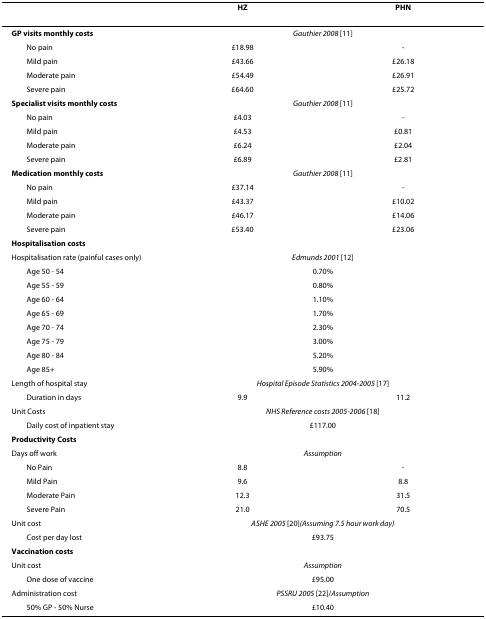
<table><thead><tr><td></td><td><b>HZ</b></td><td><b>PHN</b></td></tr></thead><tbody><tr><td><b>GP visits monthly costs</b></td><td colspan="2"><i>Gauthier 2008 </i>[11]</td></tr><tr><td> No pain</td><td>£18.98</td><td>-</td></tr><tr><td> Mild pain</td><td>£43.66</td><td>£26.18</td></tr><tr><td> Moderate pain</td><td>£54.49</td><td>£26.91</td></tr><tr><td> Severe pain</td><td>£64.60</td><td>£25.72</td></tr><tr><td><b>Specialist visits monthly costs</b></td><td colspan="2"><i>Gauthier 2008 </i>[11]</td></tr><tr><td> No pain</td><td>£4.03</td><td>-</td></tr><tr><td> Mild pain</td><td>£4.53</td><td>£0.81</td></tr><tr><td> Moderate pain</td><td>£6.24</td><td>£2.04</td></tr><tr><td> Severe pain</td><td>£6.89</td><td>£2.81</td></tr><tr><td><b>Medication monthly costs</b></td><td colspan="2"><i>Gauthier 2008 </i>[11]</td></tr><tr><td> No pain</td><td>£37.14</td><td>-</td></tr><tr><td> Mild pain</td><td>£43.37</td><td>£10.02</td></tr><tr><td> Moderate pain</td><td>£46.17</td><td>£14.06</td></tr><tr><td> Severe pain</td><td>£53.40</td><td>£23.06</td></tr><tr><td><b>Hospitalisation costs</b></td><td></td><td></td></tr><tr><td>Hospitalisation rate (painful cases only)</td><td colspan="2"><i>Edmunds 2001 </i>[12]</td></tr><tr><td> Age 50 - 54</td><td colspan="2">0.70%</td></tr><tr><td> Age 55 - 59</td><td colspan="2">0.80%</td></tr><tr><td> Age 60 - 64</td><td colspan="2">1.10%</td></tr><tr><td> Age 65 - 69</td><td colspan="2">1.70%</td></tr><tr><td> Age 70 - 74</td><td colspan="2">2.30%</td></tr><tr><td> Age 75 - 79</td><td colspan="2">3.00%</td></tr><tr><td> Age 80 - 84</td><td colspan="2">5.20%</td></tr><tr><td> Age 85+</td><td colspan="2">5.90%</td></tr><tr><td>Length of hospital stay</td><td colspan="2"><i>Hospital Episode Statistics 2004-2005 </i>[17]</td></tr><tr><td> Duration in days</td><td>9.9</td><td>11.2</td></tr><tr><td>Unit Costs</td><td colspan="2"><i>NHS Reference costs 2005-2006 </i>[18]</td></tr><tr><td> Daily cost of inpatient stay</td><td colspan="2">£117.00</td></tr><tr><td><b>Productivity Costs</b></td><td></td><td></td></tr><tr><td>Days off work</td><td colspan="2"><i>Assumption</i></td></tr><tr><td> No Pain</td><td>8.8</td><td>-</td></tr><tr><td> Mild Pain</td><td>9.6</td><td>8.8</td></tr><tr><td> Moderate Pain</td><td>12.3</td><td>31.5</td></tr><tr><td> Severe Pain</td><td>21.0</td><td>70.5</td></tr><tr><td>Unit cost</td><td colspan="2"><i>ASHE 2005 </i>[20]<i>(Assuming 7.5 hour work day)</i></td></tr><tr><td> Cost per day lost</td><td colspan="2">£93.75</td></tr><tr><td><b>Vaccination costs</b></td><td></td><td></td></tr><tr><td>Unit cost</td><td colspan="2"><i>Assumption</i></td></tr><tr><td> One dose of vaccine</td><td colspan="2">£95.00</td></tr><tr><td>Administration cost</td><td colspan="2"><i>PSSRU 2005 </i>[22]/<i>Assumption</i></td></tr><tr><td> 50% GP - 50% Nurse</td><td colspan="2">£10.40</td></tr></tbody></table>